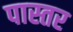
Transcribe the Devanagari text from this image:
पास्तर